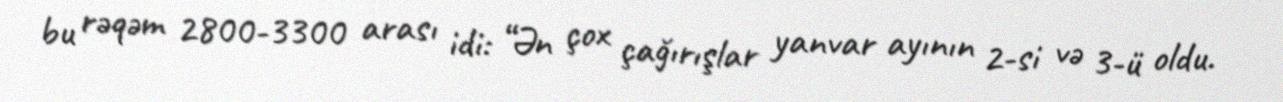
bu rəqəm 2800-3300 arası idi: “Ən çox çağırışlar yanvar ayının 2-si və 3-ü oldu.